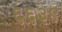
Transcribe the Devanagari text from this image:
६६३९